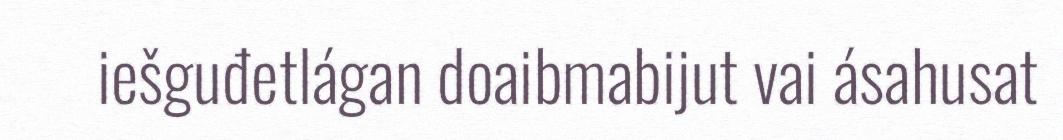
iešguđetlágan doaibmabijut vai ásahusat